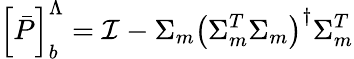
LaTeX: \left[\bar{P}\right]_{b}^{\Lambda}=\mathcal{I}-\Sigma_{m}\left(\Sigma_{m}^{T}\Sigma_{m}\right)^{\dagger}\Sigma_{m}^{T}